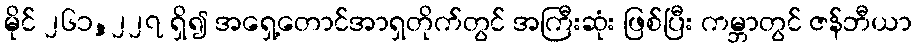
မိုင် ၂၆၁,၂၂၇ ရှိ၍ အရှေ့တောင်အာရှတိုက်တွင် အကြီးဆုံး ဖြစ်ပြီး ကမ္ဘာတွင် ဇန်ဘီယာ